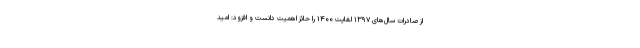
از صادرات سال‌های ۱۳۹۷ لغایت ۱۴۰۰ را حائز اهمیت دانست و افزود: امید